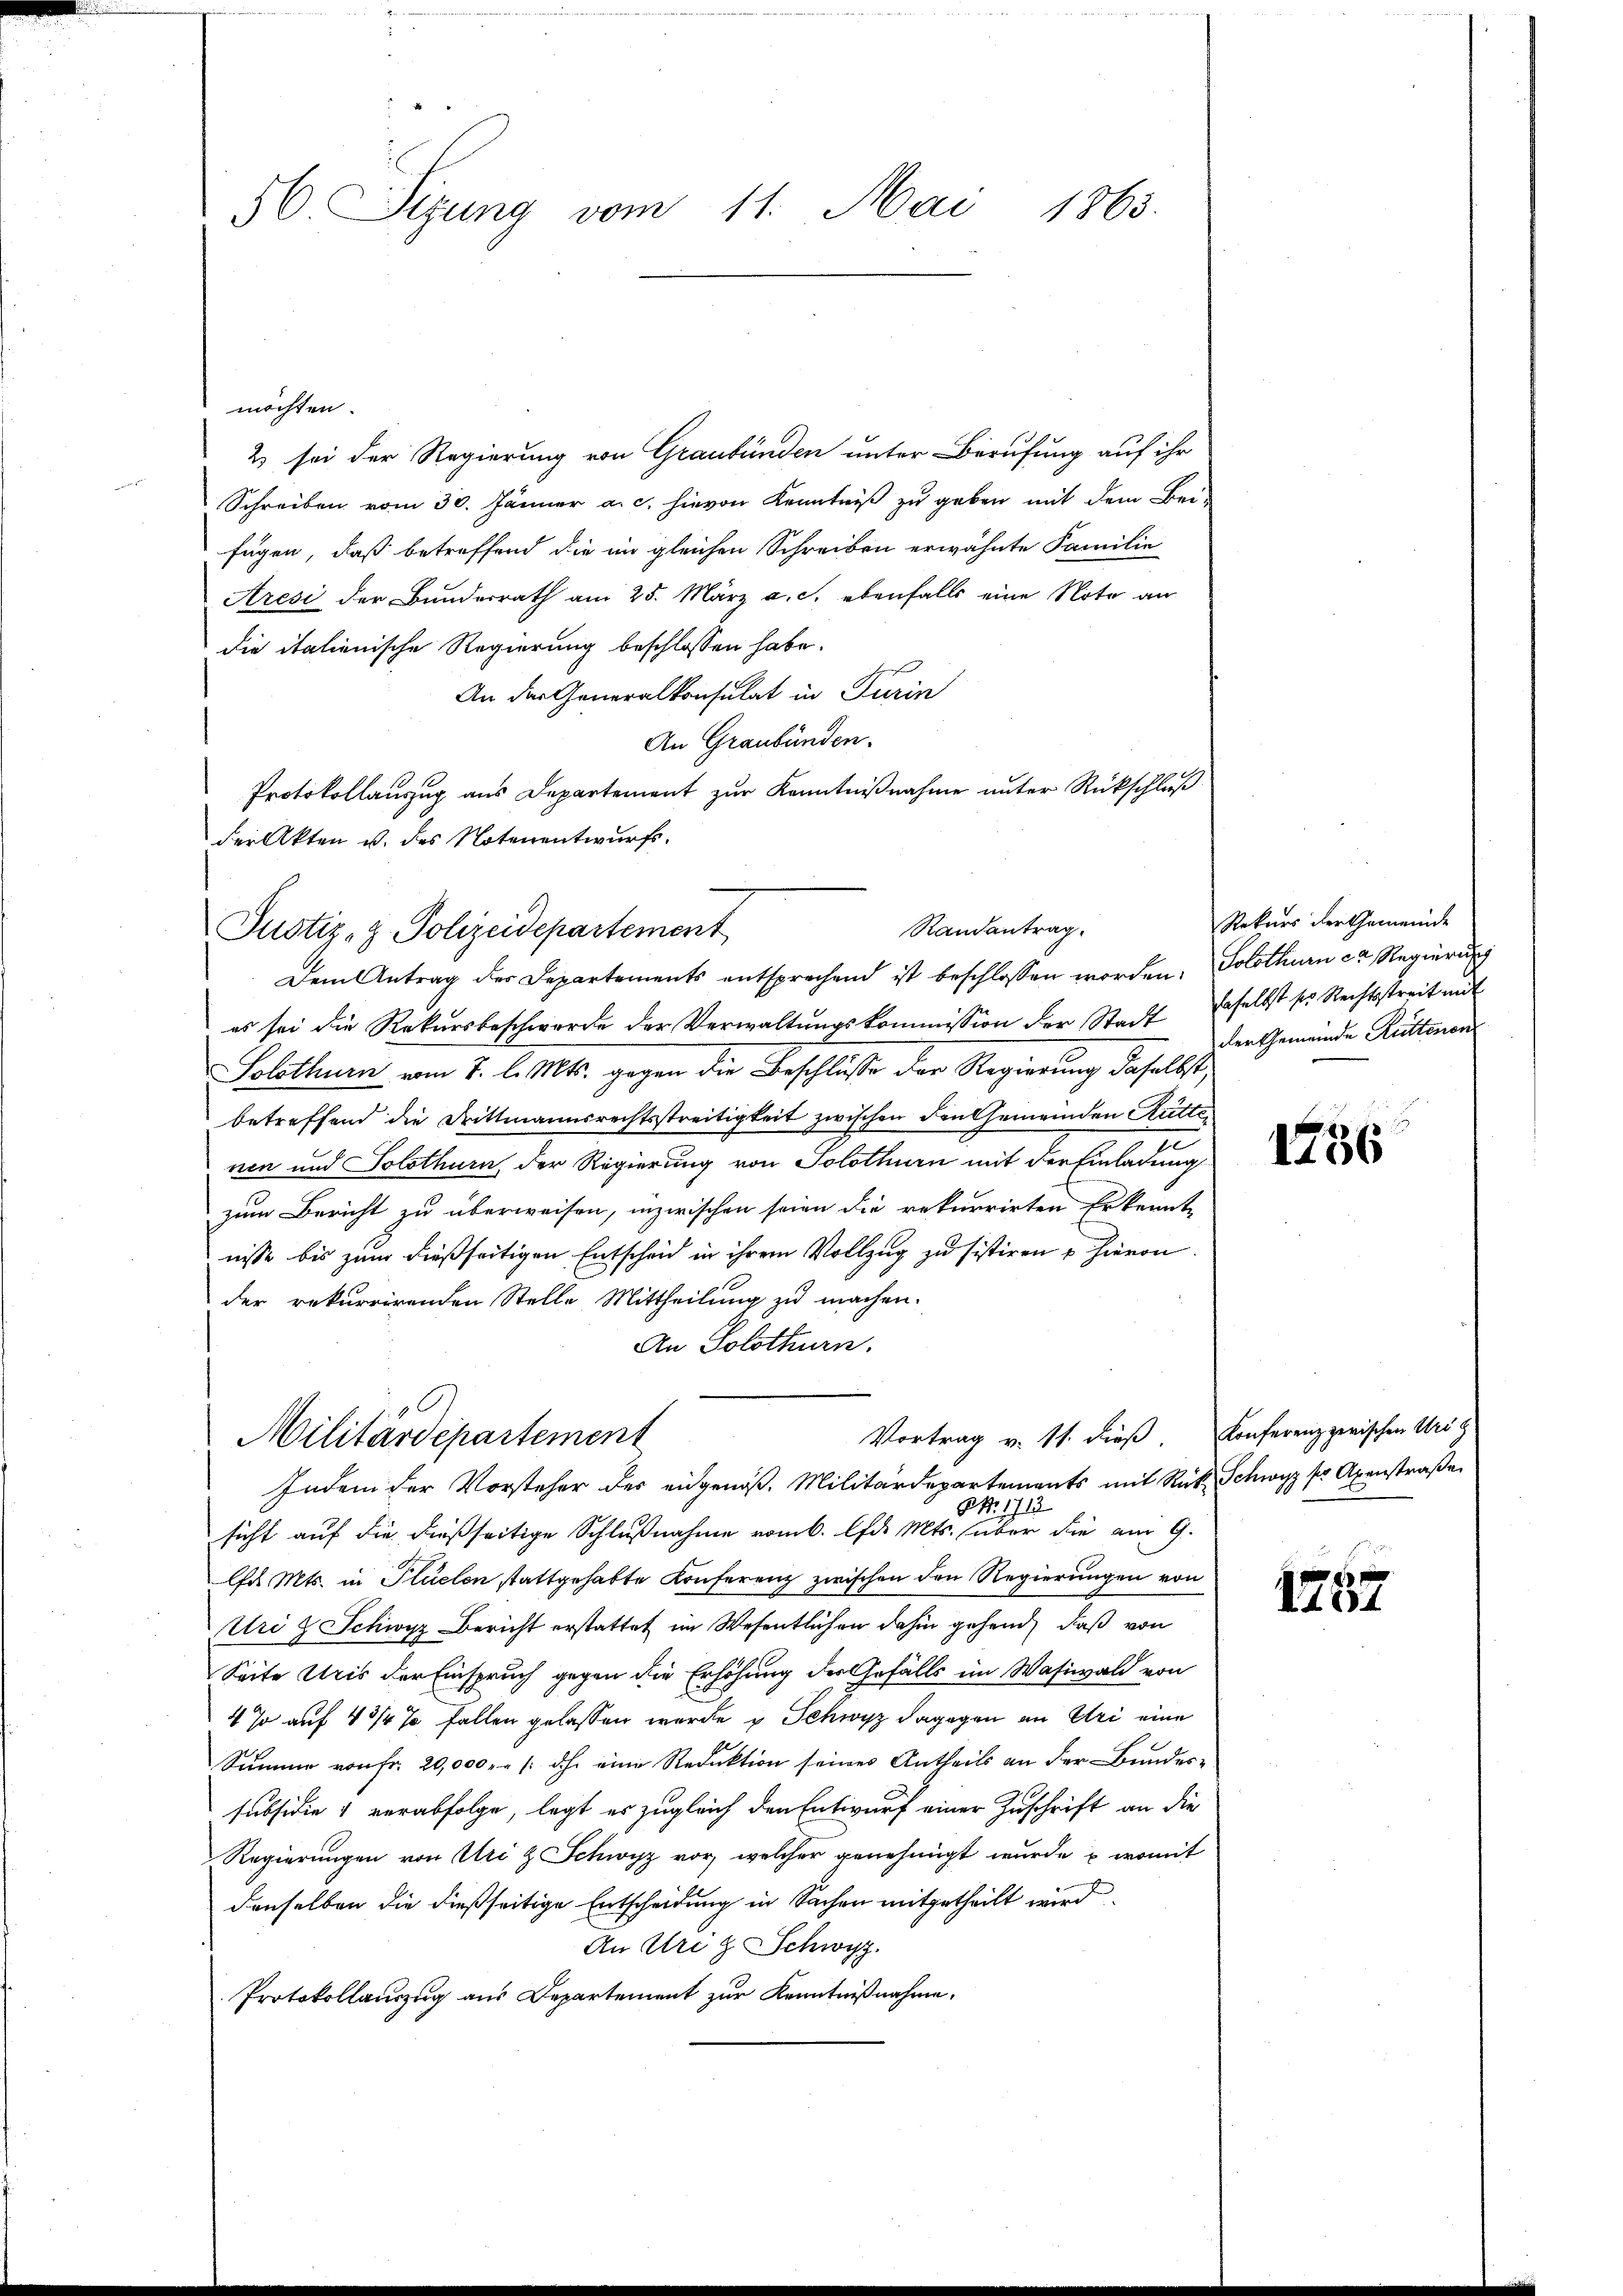
56. Sizung vom 11. Mai 1863.

möchten.
2 sei der Regierung von Graubünden unter Berufung auf ihr
Schreiben vom 30. Jänner a. c. hievon Kenntniß zu geben mit dem Bei-
fügen, daß betreffend die im gleichen Schreiben erwähnte Familie
Aresi der Bunderrath am 25. März a. c. ebenfalls eine Note an
die italienische Regierung beschlossen habe.
An der Generalkonsulat in Turin
An Graubünden.
Protokollauszug aus Departement zur Kenntnißnahme unter Rückschluß
der Akten u. des Notenentwurfs.
Dem Antrag des Departements entsprechend ist beschlossen worden.
es sei die Rekŭrsbeschwerde der Verwaltŭngskommission der Stadt daselbst s. Rechtsstreit mit
Solothur vom 7. d. Mts. gegen die Beschlüsse der Regierung daselbst,
betreffend die Drittmannsrechtsstreitigkeit zwischen den Gemeinden Hütter
nen und Solothurn der Regierung von Solothurn mit der Einladung
zum Bericht zu überweisen, inzwischen seien die rekurrirten Erkennt-
nisse bis zum dießseitigen Entscheid in ihrem Vollzug zu sistiren u hievon
der rekurrirenden Stelle Mittheilung zu machen.
An Solothurn.
Militärdepartement
Vortrag v. 11. dieß,
Indem der Vorsteher des eingenoß. Militärdepartements mit Rück Schwyz sr Axenstraße
NNo. 1713
sicht auf die dießseitige Schlußnahme vom 6. d. Mts. (über die am 9.
la Mts. in Plüelen stattgehabte Konferenz zwischen den Regierungen von
Uri & Schwyz Bericht erstattet im Wesentlichen dahin gehend, daß von
Seite Uris der Einspruch gegen die Erhöhung der Gefälls im Wasiwald von
4 % auf 4 3/4 % Fallen gelassen werde u. Schwyz dagegen an Uri eine
Summe von fr. 20,000.- /: dh. eine Reduktion seines Antheils an der Bundessubsidie 4 verabfolge, legt es zugleich den Entwurf einer Zuschrift an die
Regierungen von Uri & Schwyz vor, welcher genehmigt wurde, u. womit
denselben die dießseitige Entscheidung in Sachen mitgetheilt wird.
An Uri z. Schwyz.
Protokollauszug aus Departement zur Kenntnißnahme.

Justiz- & Polizeidepartement

Randantrag.

Rekurs der Gemeinde
Solothurn er Regierung
der Gemeinde Hüttenen

1756

Konferenz zerischen Ursy

1757